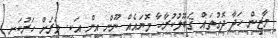
މާޒިން ހަދާ ދޮގުތައް ޤަބޫލުކުރާހާ މޮޔައެއް ނޫން އީން އަކީ. ވަރަށް ހަރުކަށި